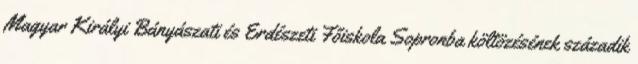
Magyar Királyi Bányászati és Erdészeti Főiskola Sopronba költözésének századik